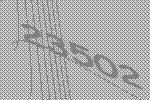
23502